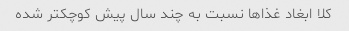
کلا ابغاد غذاها نسبت به چند سال پیش کوچکتر شده